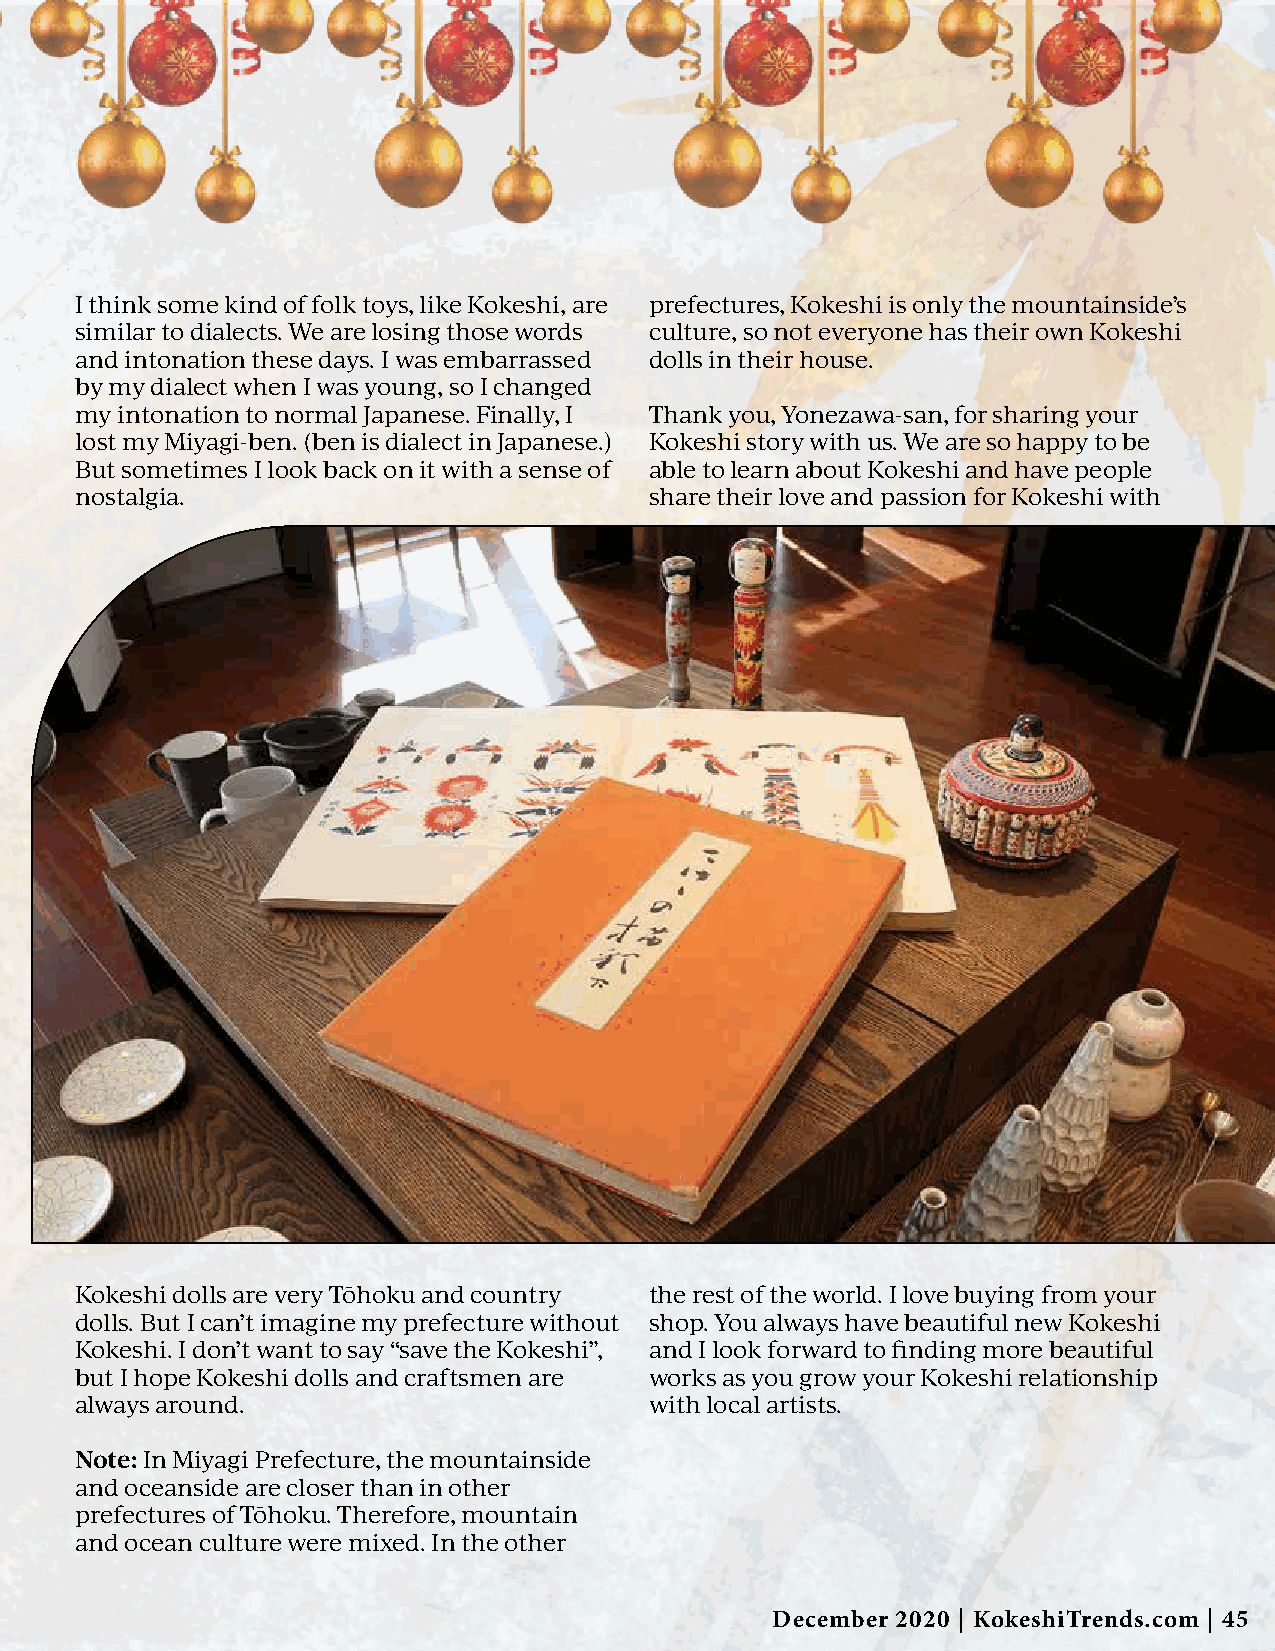
I think some kind of folk toys, like Kokeshi, are prefectures, Kokeshi is only the mountainside’s
 similar to dialects. We are losing those words culture, so not everyone has their own Kokeshi
 and intonation these days. I was embarrassed dolls in their house.
 by my dialect when I was young, so I changed
 my intonation to normal Japanese. Finally, I Thank you, Yonezawa-san, for sharing your
 lost my Miyagi-ben. (ben is dialect in Japanese.) Kokeshi story with us. We are so happy to be
 But sometimes I look back on it with a sense of able to learn about Kokeshi and have people
 nostalgia.                            share their love and passion for Kokeshi with
 Kokeshi dolls are very Tōhoku and country the rest of the world. I love buying from your
 dolls. But I can’t imagine my prefecture without shop. You always have beautiful new Kokeshi
 Kokeshi. I don’t want to say “save the Kokeshi”, and I look forward to finding more beautiful
 but I hope Kokeshi dolls and craftsmen are works as you grow your Kokeshi relationship
 always around.                        with local artists.
 Note: In Miyagi Prefecture, the mountainside
 and oceanside are closer than in other
 prefectures of Tōhoku. Therefore, mountain
 and ocean culture were mixed. In the other
 December 2020 | KokeshiTrends.com | 45